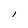
Character: l